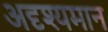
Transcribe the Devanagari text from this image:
अदृश्यमान